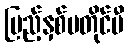
ပြည့်နှစ်မတိုင်မီ